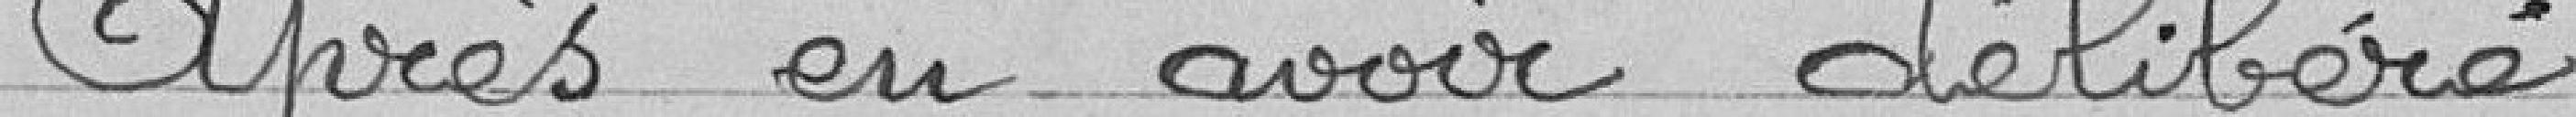
Après en avoir délibéré,